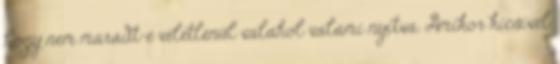
hogy nem maradt-e véletlenül valahol valami nyitva. Amikor kicsivel